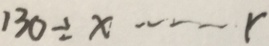
1 3 0 \div x \cdots r